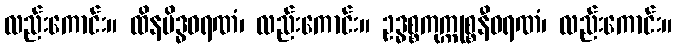
လည်းကောင်း။ ထိနမိဒ္ဓဝရဏံ၊ လည်းကောင်း။ ဥဒ္ဓစ္စကုက္ကုစ္စနီဝရဏံ၊ လည်းကောင်း။